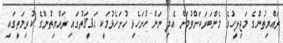
ރައްޔިތުންގެ މަޖިލީހުގެ މެންބަރަކަށްވުމަށް އެދި ނަން ހުށަހެޅި ހުށަހެޅުމަކީ ޙަޤީޤަތުގައި ރައްޔިތުންގެ ކުރިމަތީގައި